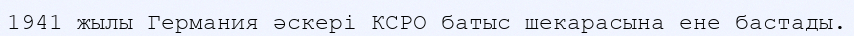
1941 жылы Германия әскері КСРО батыс шекарасына ене бастады.